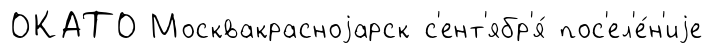
ОКАТО Москвакрасноjарск с'ент'ябр'я́ пос'ел'е́н'иjе